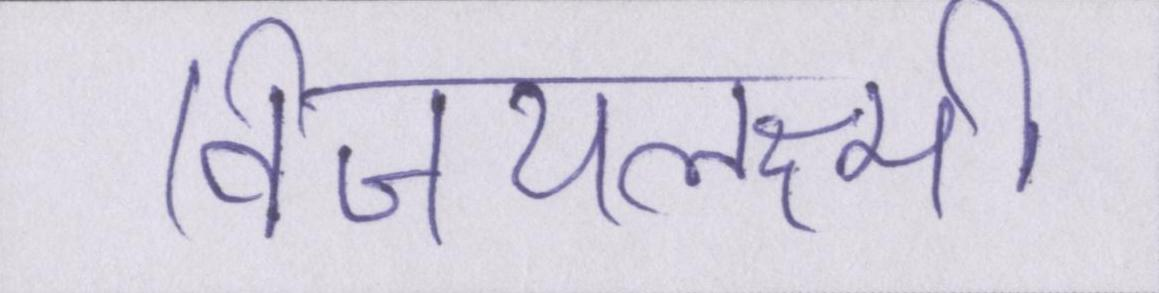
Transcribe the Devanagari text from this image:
विजयलक्ष्मी